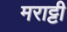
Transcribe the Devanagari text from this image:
मराट्टी